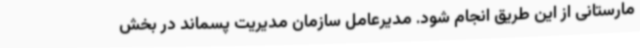
مارستانی از این طریق انجام شود. مدیرعامل سازمان مدیریت پسماند در بخش